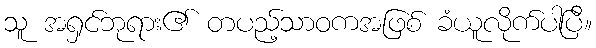
သူ အရှင်ဘုရား၏ တပည့်သာဝကအဖြစ် ခံယူလိုက်ပါပြီ။